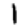
Digit: 1